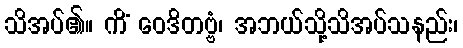
သိအပ်၏။ ကိံ ဝေဒိတဗ္ဗံ၊ အဘယ်သို့သိအပ်သနည်း၊